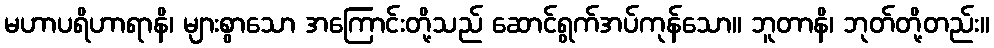
မဟာပရိဟာရာနိ၊ များစွာသော အကြောင်းတို့သည် ဆောင်ရွက်အပ်ကုန်သော။ ဘူတာနိ၊ ဘုတ်တို့တည်း။